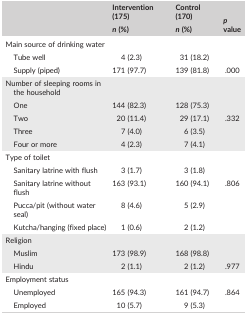
| <ROWSPAN=2>  | Intervention (175) | Control (170) | <ROWSPAN=2> p value |
 | n (%) | n (%) |
 | --- | --- | --- | --- |
 | <COLSPAN=4> Main source of drinking water |
 | Tube well | 4 (2.3) | 31 (18.2) |  |
 | Supply (piped) | 171 (97.7) | 139 (81.8) | .000 |
 | <COLSPAN=4> Number of sleeping rooms in the household |
 | One | 144 (82.3) | 128 (75.3) |  |
 | Two | 20 (11.4) | 29 (17.1) | .332 |
 | Three | 7 (4.0) | 6 (3.5) |  |
 | Four or more | 4 (2.3) | 7 (4.1) |  |
 | <COLSPAN=4> Type of toilet |
 | Sanitary latrine with flush | 3 (1.7) | 3 (1.8) |  |
 | Sanitary latrine without flush | 163 (93.1) | 160 (94.1) | .806 |
 | Pucca/pit (without water seal) | 8 (4.6) | 5 (2.9) |  |
 | Kutcha/hanging (fixed place) | 1 (0.6) | 2 (1.2) |  |
 | <COLSPAN=4> Religion |
 | Muslim | 173 (98.9) | 168 (98.8) |  |
 | Hindu | 2 (1.1) | 2 (1.2) | .977 |
 | <COLSPAN=4> Employment status |
 | Unemployed | 165 (94.3) | 161 (94.7) | .864 |
 | Employed | 10 (5.7) | 9 (5.3) |  |